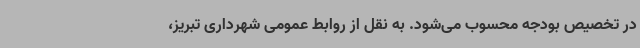
در تخصیص بودجه محسوب می‌شود. به نقل از روابط عمومی شهرداری تبریز،